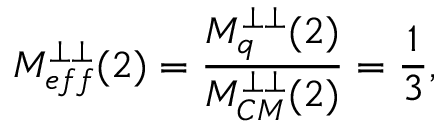
M _ { e f f } ^ { \perp \perp } ( 2 ) = \frac { M _ { q } ^ { \perp \perp } ( 2 ) } { M _ { C M } ^ { \perp \perp } ( 2 ) } = \frac { 1 } { 3 } ,